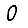
Digit: 0